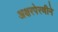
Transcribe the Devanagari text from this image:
अक्षरपेरणीने